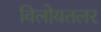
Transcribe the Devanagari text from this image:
विलोयतलर